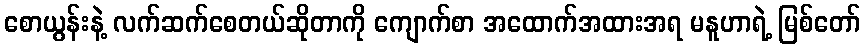
စောယွန်းနဲ့ လက်ဆက်စေတယ်ဆိုတာကို ကျောက်စာ အထောက်အထားအရ မနူဟာရဲ့ မြစ်တော်